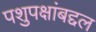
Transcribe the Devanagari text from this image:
पशुपक्षांबद्दल